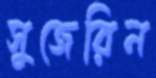
সুজেরিন